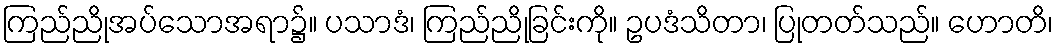
ကြည်ညိုအပ်သောအရာ၌။ ပသာဒံ၊ ကြည်ညိုခြင်းကို။ ဥပဒံသိတာ၊ ပြုတတ်သည်။ ဟောတိ၊